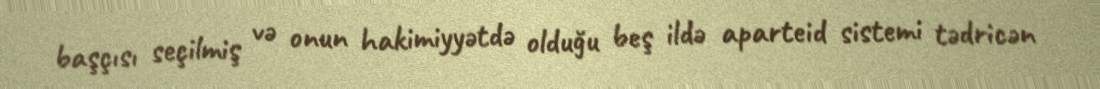
başçısı seçilmiş və onun hakimiyyətdə olduğu beş ildə aparteid sistemi tədricən